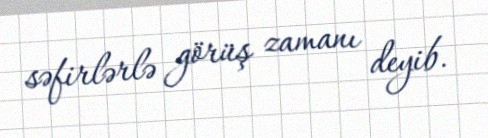
səfirlərlə görüş zamanı deyib.